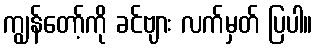
ကျွန်တော့်ကို ခင်ဗျား လက်မှတ် ပြပါ။